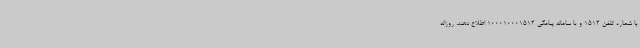
با شماره تلفن 1512 و یا سامانه پیامکی 100010001512 اطلاع دهند. روزانه